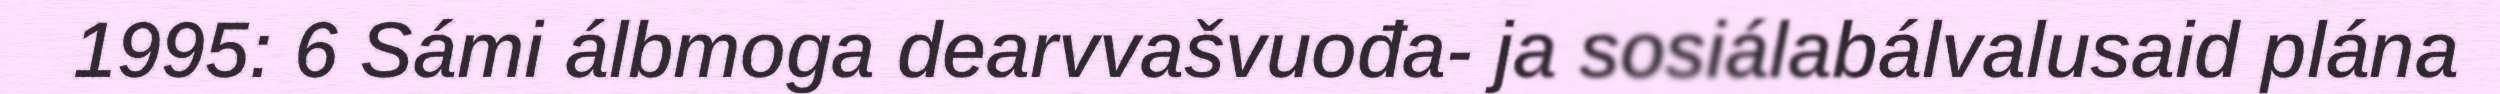
1995: 6 Sámi álbmoga dearvvašvuođa- ja sosiálabálvalusaid plána